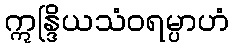
ဣန္ဒြိယသံဝရမ္ပာဟံ